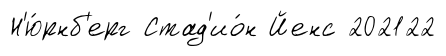
Н'ю́рнб'ерг Стад'ио́н Йенс 202122